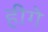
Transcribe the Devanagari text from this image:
हीगे